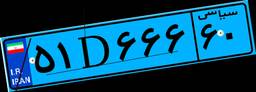
۵۱D۶۶۶۶۰